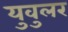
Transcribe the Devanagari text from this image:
युवुलर